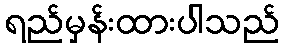
ရည်မှန်းထားပါသည်